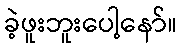
ခဲ့ဖူးဘူးပေါ့နော်။